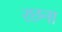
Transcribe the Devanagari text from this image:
रछना